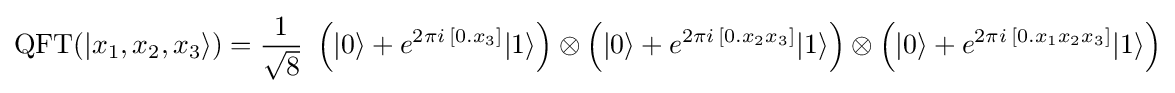
{\text{QFT}}(|x_{1},x_{2},x_{3}\rangle )={\frac {1}{\sqrt {8}}}\ \left(|0\rangle +e^{2\pi i\,[0.x_{3}]}|1\rangle \right)\otimes \left(|0\rangle +e^{2\pi i\,[0.x_{2}x_{3}]}|1\rangle \right)\otimes \left(|0\rangle +e^{2\pi i\,[0.x_{1}x_{2}x_{3}]}|1\rangle \right)